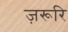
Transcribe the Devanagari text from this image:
ज़रूरि